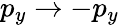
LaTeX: p_{y}\to-p_{y}